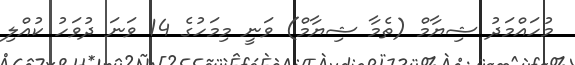
މުހައްމަދު ޝިޔާމް (ތެމާ ޝިޔާމް) ވަނީ މިމަހުގެ 14 ވަނަ ދުވަހު ކުއްލި